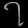
Digit: ၇